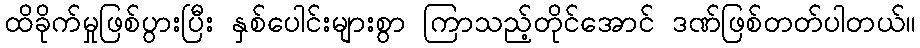
ထိခိုက်မှုဖြစ်ပွားပြီး နှစ်ပေါင်းများစွာ ကြာသည့်တိုင်အောင် ဒဏ်ဖြစ်တတ်ပါတယ်။